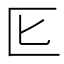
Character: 𭅔